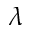
\lambda { }